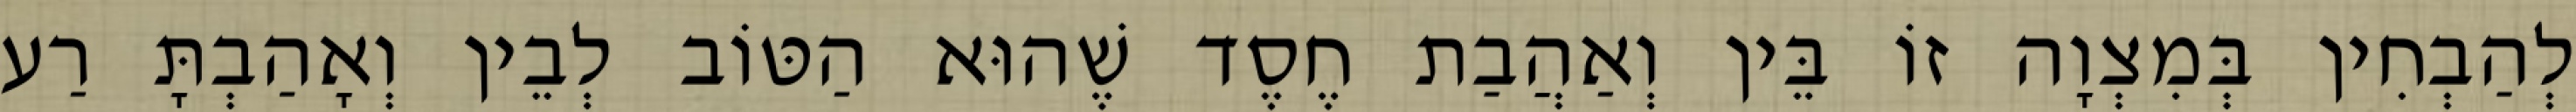
לְהַבְחִין בְּמִצְוָה זוֹ בֵּין וְאַהֲבַת חֶסֶד שֶׁהוּא הַטּוֹב לְבֵין וְאָהַבְתָּ רַע